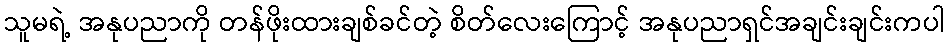
သူမရဲ့ အနုပညာကို တန်ဖိုးထားချစ်ခင်တဲ့ စိတ်လေးကြောင့် အနုပညာရှင်အချင်းချင်းကပါ